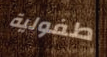
طفولية